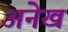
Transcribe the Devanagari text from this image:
अनेख